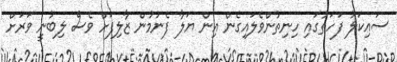
ސައިކަލު ފަހަތުގައި ހިނިތުންވެލައިގެން އިން ޔަލާ ފެނުމުން ޒާލިފަށް ވެސް ލިބުނީ ވަރަށް